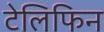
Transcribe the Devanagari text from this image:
टेलिफिन